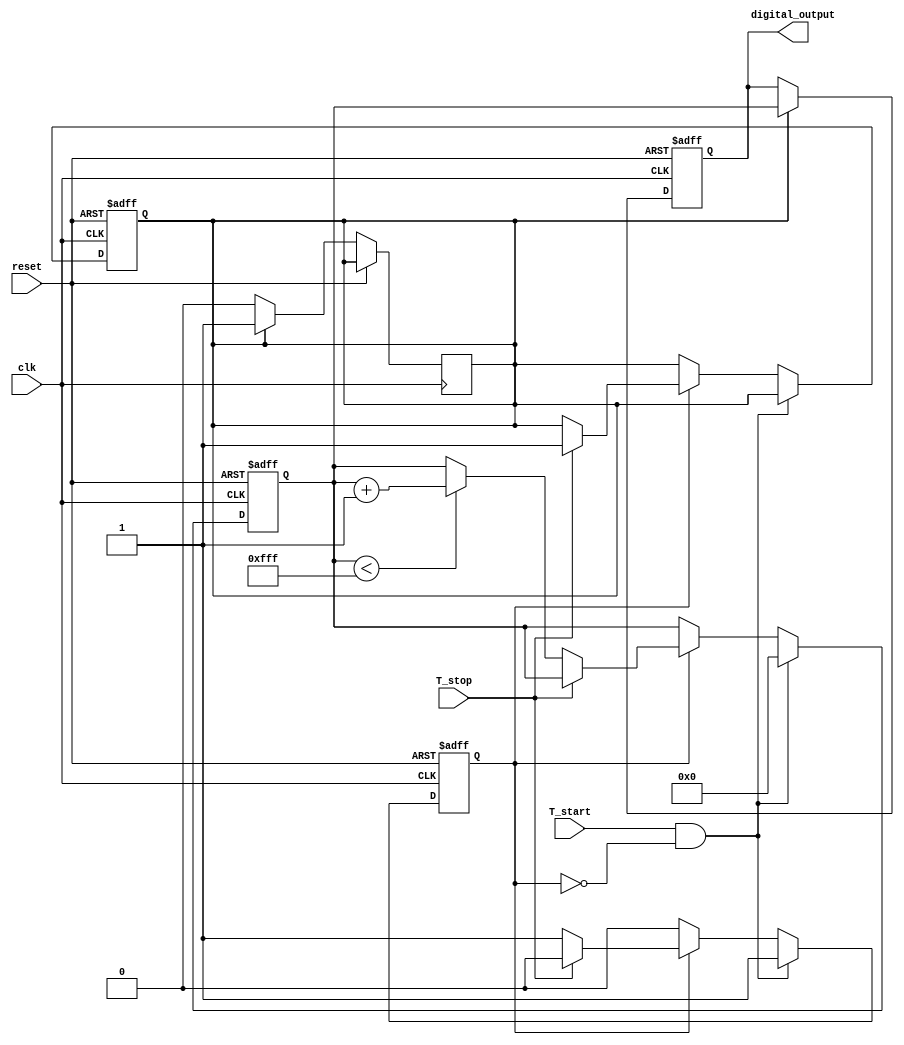
module TimeToDigitalConverter (
    input wire clk,                  // System clock
    input wire reset,                // Reset signal
    input wire T_start,              // Start signal
    input wire T_stop,               // Stop signal
    output reg [11:0] digital_output  // Digital output (12-bit resolution)
);

// Parameters
parameter RAMP_RATE = 1;          // Voltage ramp rate (arbitrary units)
parameter RAMP_MAX = 4095;         // Max ADC value for 12-bit resolution
parameter HOLD_TIME = 10;          // Sample-and-hold time in clock cycles

// Internal signals
reg [11:0] ramp_voltage;           // Current ramp voltage
reg sampling;                      // Sampling flag
reg [3:0] hold_counter;            // Counter for hold time
reg tdc_active;                    // TDC active flag

// Ramp generator
always @(posedge clk or posedge reset) begin
    if (reset) begin
        ramp_voltage <= 12'd0;
        tdc_active <= 1'b0;
        sampling <= 1'b0;
    end else if (T_start && !tdc_active) begin
        tdc_active <= 1'b1;         // Activate TDC
        ramp_voltage <= 12'd0;      // Reset ramp voltage
    end else if (tdc_active) begin
        if (!T_stop) begin
            // Increase ramp voltage until max
            if (ramp_voltage < RAMP_MAX) begin
                ramp_voltage <= ramp_voltage + RAMP_RATE;
            end
        end else begin
            // Stop ramping and start sampling
            sampling <= 1'b1;
            tdc_active <= 1'b0;       // Deactivate TDC
        end
    end
end

// Sample-and-hold logic
always @(posedge clk or posedge reset) begin
    if (reset) begin
        digital_output <= 12'd0;
        hold_counter <= 4'd0;
    end else if (sampling) begin
        // Hold the ramp voltage for a specified time
        digital_output <= ramp_voltage; // Output the current ramp voltage
        hold_counter <= 4'd0; // Reset hold counter
    end else if (hold_counter < HOLD_TIME) begin
        hold_counter <= hold_counter + 1; // Increment the hold time counter
    end else if (hold_counter == HOLD_TIME) begin
        sampling <= 1'b0; // Reset sampling after hold time
    end
end

endmodule